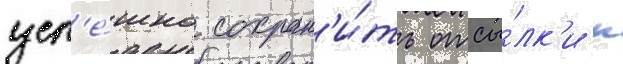
усп'е́шно сохран'и́ть отсы́лк'и к